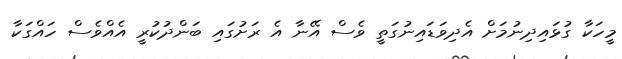
މީހަކާ ގުޅައިދިނުމަށް އެދިވަޑައިނުގަތީ ވެސް އޭނާ އެ ރަށުގައި ބަންދުކުރީ އެއްވެސް ހައްގަކާ